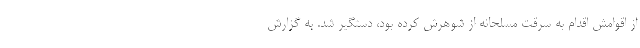
از اقوامش اقدام به سرقت مسلحانه از شوهرش کرده بود، دستگیر شد. به گزارش